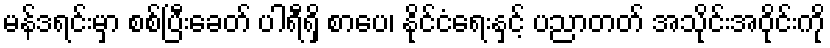
မန်ဒရင်းမှာ စစ်ပြီးခေတ် ပါရီရှိ စာပေ၊ နိုင်ငံရေးနှင့် ပညာတတ် အသိုင်းအဝိုင်းကို